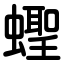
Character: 蟶